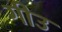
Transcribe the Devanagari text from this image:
गीउ